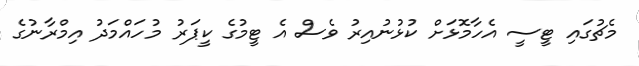
މެޗުގައި ޓީސީ އެހާމޮޅަށް ކުޅުނުއިރު ވެސް އެ ޓީމުގެ ކީޕަރު މުހައްމަދު އިމްރާނުގެ